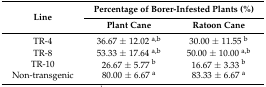
| <ROWSPAN=2> Line | <COLSPAN=2> Percentage of Borer-Infested Plants (%) |
 | Plant Cane | Ratoon Cane |
 | --- | --- | --- |
 | TR-4 | 36.67 ± 12.02 a,b | 30.00 ± 11.55 b |
 | TR-8 | 53.33 ± 17.64 a,b | 50.00 ± 10.00 a,b |
 | TR-10 | 26.67 ± 5.77 b | 16.67 ± 3.33 b |
 | Non-transgenic | 80.00 ± 6.67 a | 83.33 ± 6.67 a |